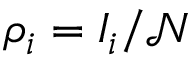
\rho _ { i } = I _ { i } / \mathcal { N }